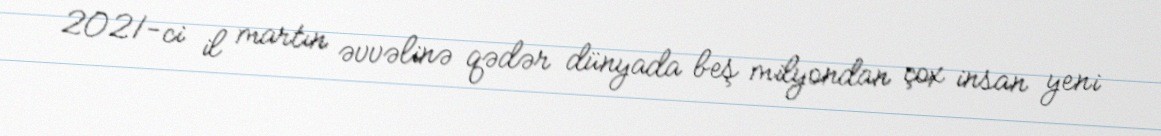
2021-ci il martın əvvəlinə qədər dünyada beş milyondan çox insan yeni